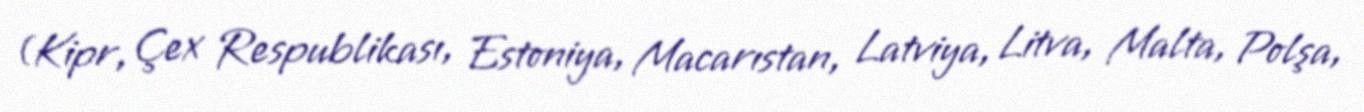
(Kipr, Çex Respublikası, Estoniya, Macarıstan, Latviya, Litva, Malta, Polşa,